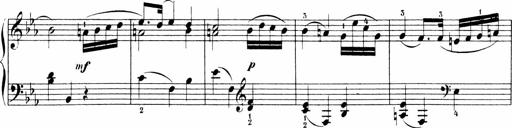
Title: Sonatinen Op.47, 98 und 136, nebst 6 Liedersonatinen
Composer: Carl Reinecke